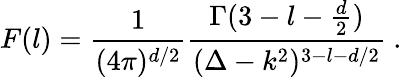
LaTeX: F(l)={\frac{1}{(4\pi)^{d/2}}}{\frac{\Gamma(3-l-{\frac{d}{2}})}{(\Delta-k^{2})^{3-l-d/2}}}\ .